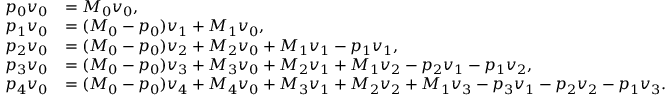
\begin{array} { r l } { p _ { 0 } \boldsymbol { v } _ { 0 } } & { = M _ { 0 } \boldsymbol { v } _ { 0 } , } \\ { p _ { 1 } \boldsymbol { v } _ { 0 } } & { = ( M _ { 0 } - p _ { 0 } ) \boldsymbol { v } _ { 1 } + M _ { 1 } \boldsymbol { v } _ { 0 } , } \\ { p _ { 2 } \boldsymbol { v } _ { 0 } } & { = ( M _ { 0 } - p _ { 0 } ) \boldsymbol { v } _ { 2 } + M _ { 2 } \boldsymbol { v } _ { 0 } + M _ { 1 } \boldsymbol { v } _ { 1 } - p _ { 1 } \boldsymbol { v } _ { 1 } , } \\ { p _ { 3 } \boldsymbol { v } _ { 0 } } & { = ( M _ { 0 } - p _ { 0 } ) \boldsymbol { v } _ { 3 } + M _ { 3 } \boldsymbol { v } _ { 0 } + M _ { 2 } \boldsymbol { v } _ { 1 } + M _ { 1 } \boldsymbol { v } _ { 2 } - p _ { 2 } \boldsymbol { v } _ { 1 } - p _ { 1 } \boldsymbol { v } _ { 2 } , } \\ { p _ { 4 } \boldsymbol { v } _ { 0 } } & { = ( M _ { 0 } - p _ { 0 } ) \boldsymbol { v } _ { 4 } + M _ { 4 } \boldsymbol { v } _ { 0 } + M _ { 3 } \boldsymbol { v } _ { 1 } + M _ { 2 } \boldsymbol { v } _ { 2 } + M _ { 1 } \boldsymbol { v } _ { 3 } - p _ { 3 } \boldsymbol { v } _ { 1 } - p _ { 2 } \boldsymbol { v } _ { 2 } - p _ { 1 } \boldsymbol { v } _ { 3 } . } \end{array}